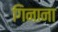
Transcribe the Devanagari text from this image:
गिनाना